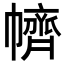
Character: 䶓